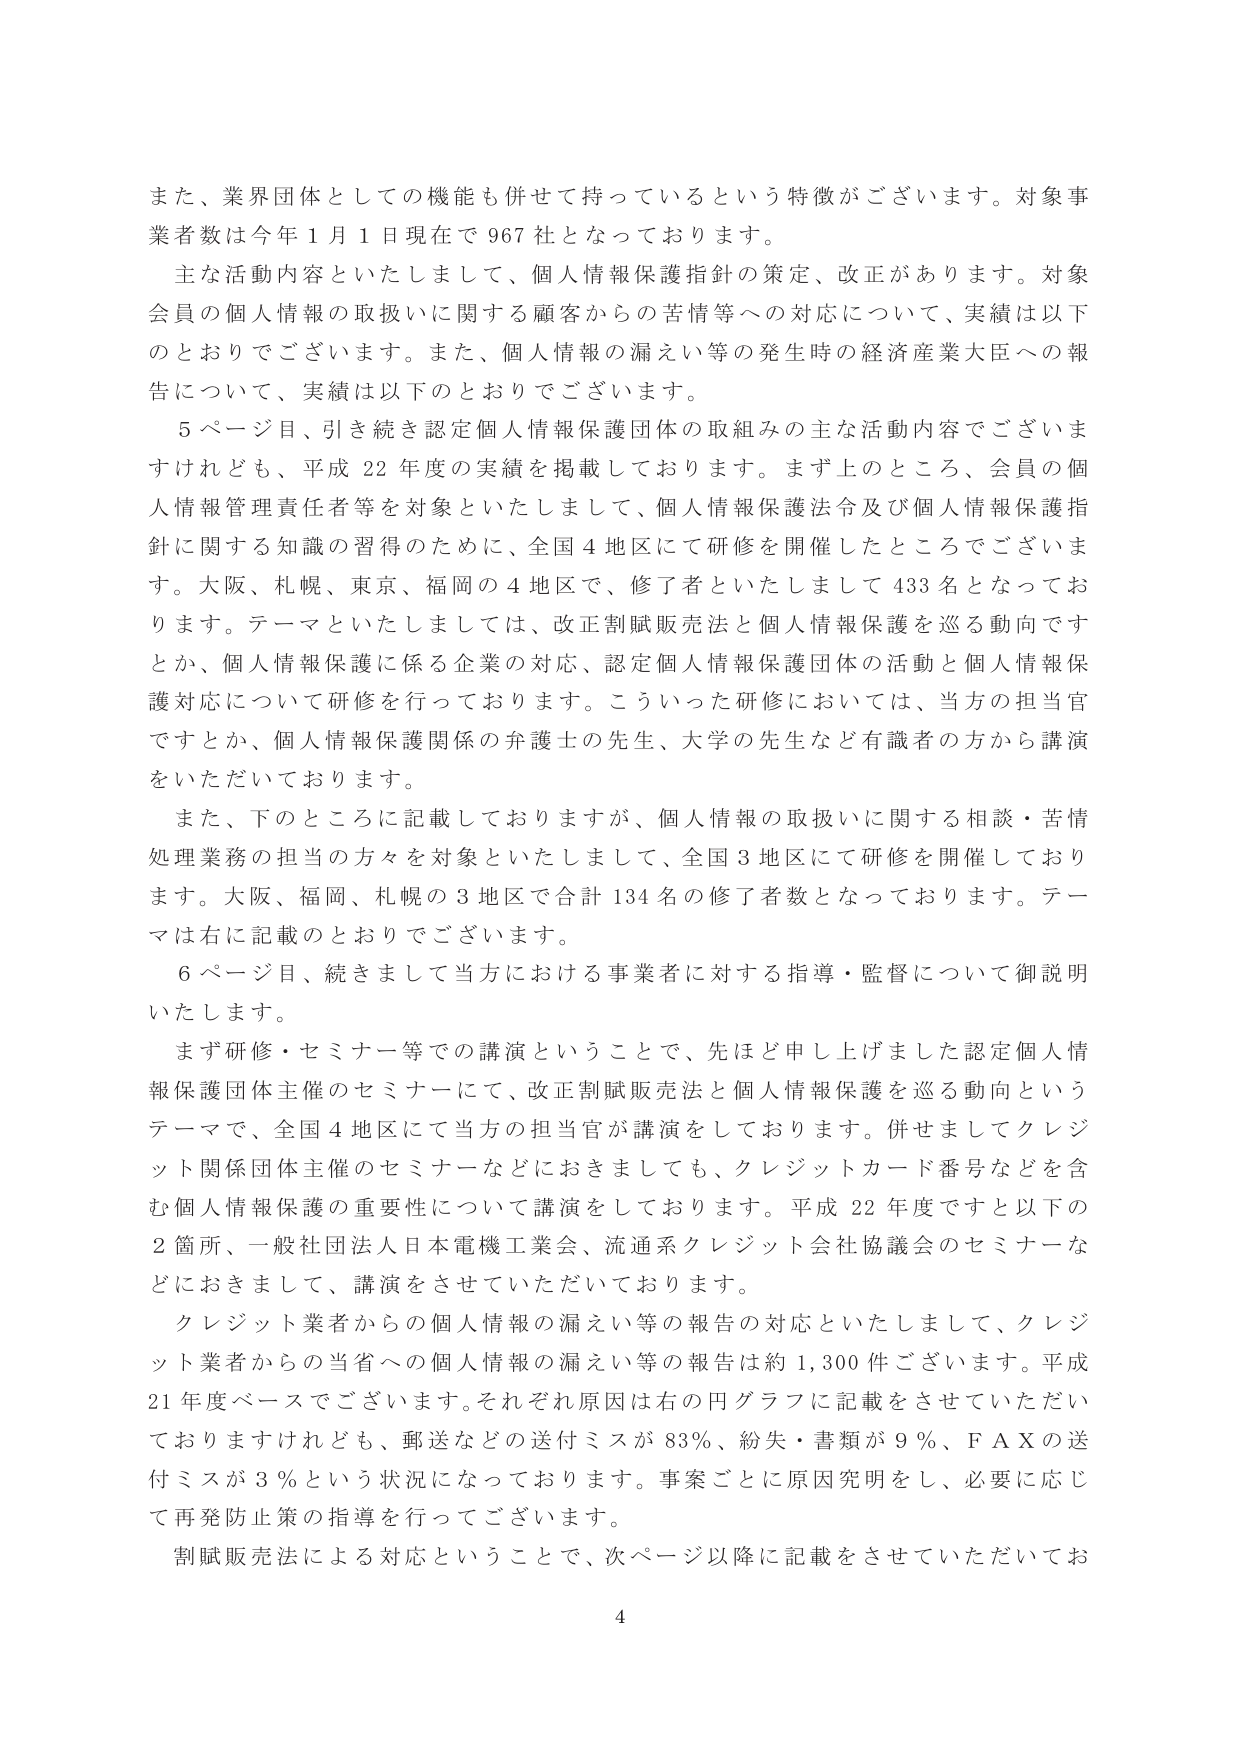
また、業界団体としての機能も併せて持っているという特徴がございます。対象事業者数は今年１月１日現在で９６７社となっております。

主な活動内容といたしまして、個人情報保護指針の策定、改正があります。対象会員の個人情報の取扱いに関する顧客からの苦情等への対応について、実績は以下のとおりでございます。また、個人情報の漏えい等の発生時の経済産業大臣への報告について、実績は以下のとおりでございます。

５ページ目、引き続き認定個人情報保護団体の取組みの主な活動内容でございますけれども、平成２２年度の実績を掲載しております。まず上のところ、会員の個人情報管理責任者等を対象といたしまして、個人情報保護法及び個人情報保護指針に関する知識の習得のために、全国４地区にて研修を開催したところでございます。大阪、札幌、東京、福岡の４地区で、修了者といたしまして４３３名となっております。テーマといたしましては、改正割賦販売法と個人情報保護を巡る動向ですとか、個人情報保護に係る企業の対応、認定個人情報保護団体の活動と個人情報保護対応について研修を行っております。こういった研修においては、当方の担当官ですとか、個人情報保護関係の弁護士の先生、大学の先生など有識者の方から講演をいただいております。

また、下のところに記載しておりますが、個人情報の取扱いに関する相談・苦情処理業務の担当の方々を対象といたしまして、全国３地区にて研修を開催しております。大阪、福岡、札幌の３地区で合計１３４名の修了者数となっております。テーマは右に記載のとおりでございます。

６ページ目、続きまして当方における事業者に対する指導・監督について御説明いたします。

まず研修・セミナー等での講演ということで、先ほど申し上げました認定個人情報保護団体主催のセミナーにて、改正割賦販売法と個人情報保護を巡る動向というテーマで、全国４地区にて当方の担当官が講演しております。併せましてクレジット関係団体主催のセミナーなどにおきましても、クレジットカード番号などを含む個人情報保護の重要性について講演しております。平成２２年度ですと以下の２箇所、一般社団法人日本電機工業会、流通系クレジット会社協議会のセミナーなどにおきまして、講演をさせていただいております。

クレジット業者からの個人情報の漏えい等の報告の対応といたしまして、クレジット業者からの当省への個人情報の漏えい等の報告は約１，３００件ございます。平成２１年度ベースでございます。それぞれ原因は右の円グラフに記載をさせていただいておりますけれども、郵送などの送付ミスが８３％、紛失・書類が９％、ＦＡＸの送付ミスが３％という状況になっております。事案ごとに原因究明をし、必要に応じて再発防止策の指導を行っております。

割賦販売法による対応ということで、次ページ以降に記載をさせていただいてお

４